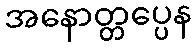
အနောတ္တပ္ပေန